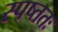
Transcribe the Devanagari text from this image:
स्पष्ततः